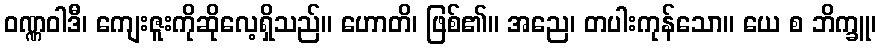
ဝဏ္ဏဝါဒီ၊ ကျေးဇူးကိုဆိုလေ့ရှိသည်။ ဟောတိ၊ ဖြစ်၏။ အညေ၊ တပါးကုန်သော။ ယေ စ ဘိက္ခူ၊